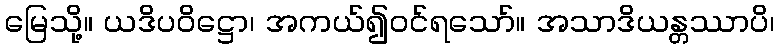
မြေသို့။ ယဒိပဝိဋ္ဌော၊ အကယ်၍ဝင်ရသော်။ အသာဒိယန္တဿာပိ၊